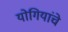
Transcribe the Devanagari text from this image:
योगियांचे